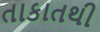
તાકાતથી